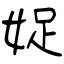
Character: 娖